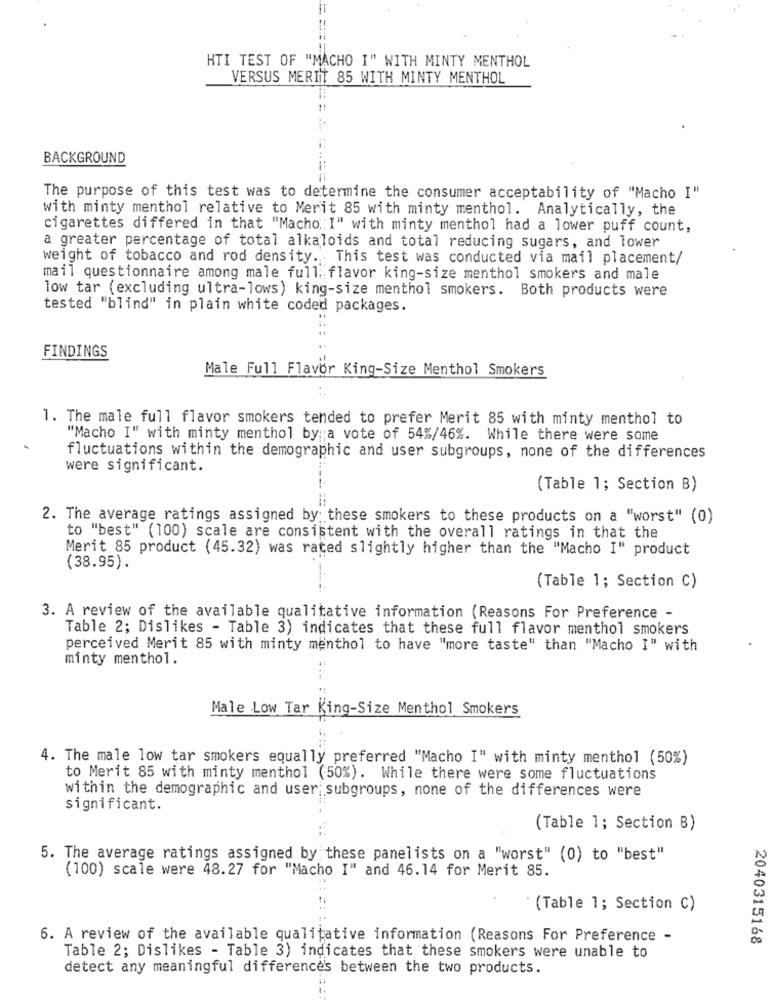
HTI TEST OF "MACHO I" WITH MINTY MENTHOL
VERSUS MERIT 85 WITH MINTY MENTHOL
BACKGROUND
The purpose of this test was to determine the consumer acceptability of "Macho I"
with minty menthol relative to Merit 85 with minty menthol. Analytically, the
cigarettes differed in that "Macho: I" with minty menthol had a lower puff count,
a greater percentage of total alkaloids and total reducing sugars, and lower
weight of tobacco and rod density. This test was conducted via mail placement/
mail questionnaire among male full. flavor king-size menthol smokers and male
low tar (excluding ultra-lows) king-size menthol smokers. Both products were
tested "blind" in plain white coded packages.
FINDINGS
Male Full Flavor King-Size Menthol Smokers
1. The male full flavor smokers tended to prefer Merit 85 with minty menthol to
"Macho I" with minty menthol by;a vote of 54%/46%. While there were some
fluctuations within the demographic and user subgroups, none of the differences
were significant.
(Table 1; Section B)
2. The average ratings assigned by: these smokers to these products on a "worst" (0)
to "best" (100) scale are consistent with the overall ratings in that the
Merit 85 product (45.32) was rated slightly higher than the "Macho I" product
(38.95).
(Table 1; Section C)
3. A review of the available qualitative information (Reasons For Preference -
Table 2; Dislikes - Table 3) indicates that these full flavor menthol smokers
perceived Merit 85 with minty menthol to have "more taste" than "Macho I" with
minty menthol.
Male Low Tar King-Size Menthol Smokers
4. The male low tar smokers equally preferred "Macho I" with minty menthol (50%)
to Merit 85 with minty menthol (50%). While there were some fluctuations
within the demographic and user; subgroups, none of the differences were
significant.
(Table 1; Section B)
5. The average ratings assigned by these panelists on a "worst" (0) to "best"
(100) scale were 48.27 for "Macho I" and 46.14 for Merit 85.
(Table 1; Section C)
6. A review of the available qualitative information (Reasons For Preference -
2040315168
Table 2; Dislikes - Table 3) indicates that these smokers were unable to
detect any meaningful differences between the two products.